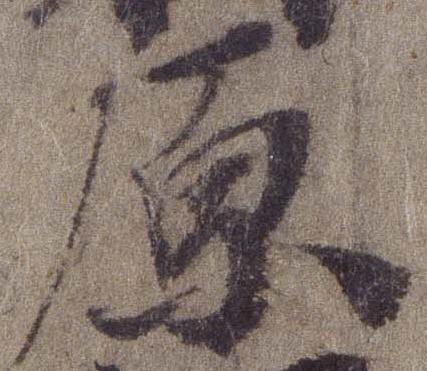
原